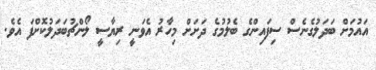
އައުމަށް ބަދަލުގެނެސް ސިފައިންގެ ބެލުމުގެ ދަށަށް މިހާރު އެވަނީ ރިޔާސީ ލޯންޗުބަދަލުކޮށްފަ އެވެ.